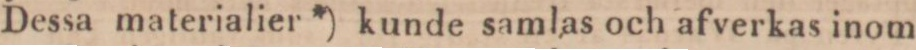
Dessa materialier *) kunde samlas och afverkas inom